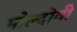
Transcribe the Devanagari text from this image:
मोल्दोवी